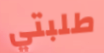
طلبتي